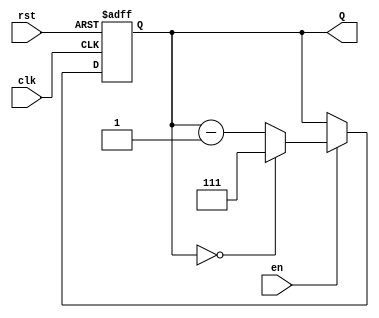
module binary_down_counter #(
    parameter WIDTH = 3,          // Width of the counter (e.g., 3 for a 3-bit counter)
    parameter MAX_COUNT = (1 << WIDTH) - 1 // Maximum count value (e.g., 7 for a 3-bit counter)
)(
    input wire clk,               // Clock signal
    input wire rst,               // Asynchronous reset signal
    input wire en,                // Enable signal
    output reg [WIDTH-1:0] Q      // Current count value
);

    // Asynchronous reset and counting logic
    always @(posedge clk or posedge rst) begin
        if (rst) begin
            Q <= MAX_COUNT;        // Reset to maximum value
        end else if (en) begin
            if (Q == 0) begin
                Q <= MAX_COUNT;    // Wrap around to maximum value
            end else begin
                Q <= Q - 1;        // Decrement the counter
            end
        end
    end

endmodule